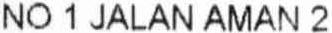
NO 1 JALAN AMAN 2